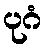
ပုဂံ